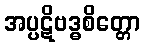
အပ္ပဋိဗဒ္ဓစိတ္တော